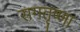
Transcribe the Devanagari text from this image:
रागतृष्णा